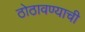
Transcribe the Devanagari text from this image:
ठोठावण्याची